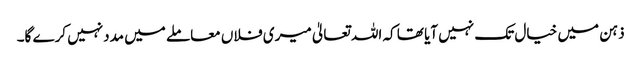
ذہن میں خیال تک نہیں آیا تھا کہ اللہ تعالیٰ میری فلاں معاملے میں مددنہیں کرے گا۔